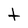
Character: t